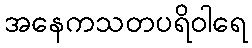
အနေကသတပရိဝါရေ